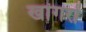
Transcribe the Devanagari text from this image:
खांगरों